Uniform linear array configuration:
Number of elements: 64
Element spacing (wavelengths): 0.75
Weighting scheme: exponential
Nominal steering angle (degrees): -15
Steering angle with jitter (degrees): -14.956
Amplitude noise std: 0.05
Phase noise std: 0.05

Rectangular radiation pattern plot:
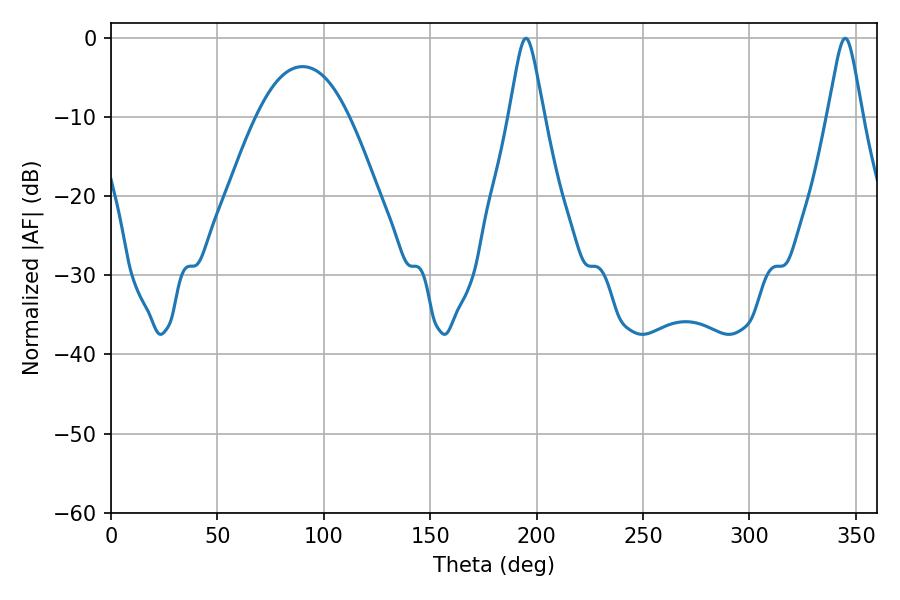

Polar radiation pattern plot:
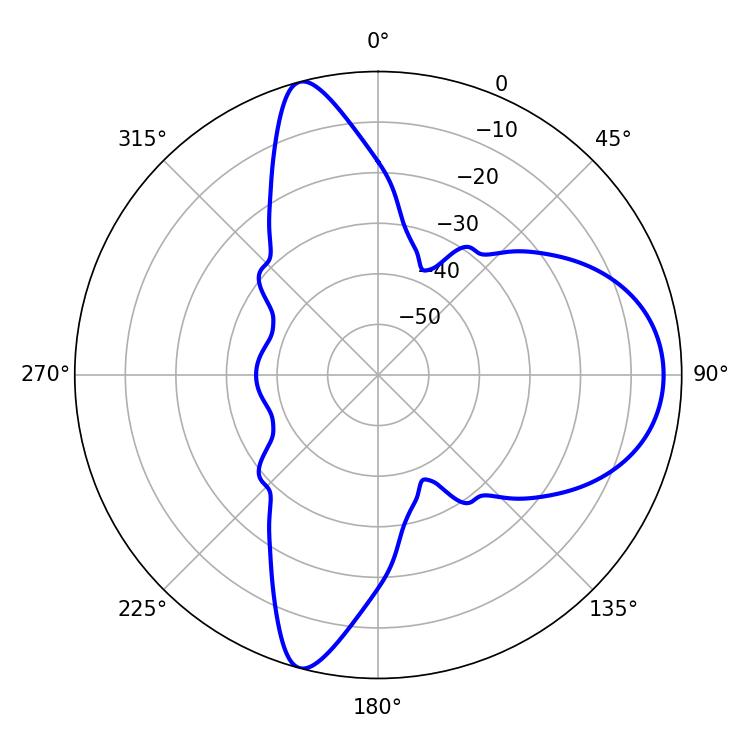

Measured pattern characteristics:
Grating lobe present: TRUE
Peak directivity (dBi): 11.041
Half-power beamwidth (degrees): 7.74
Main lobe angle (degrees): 194.94